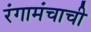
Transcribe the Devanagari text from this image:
रंगामंचाची